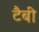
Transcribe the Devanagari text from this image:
टैबी